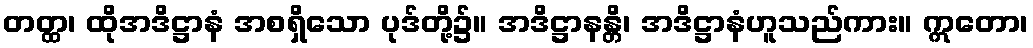
တတ္ထ၊ ထိုအဒိဋ္ဌာနံ အစရှိသော ပုဒ်တို့၌။ အဒိဋ္ဌာနန္တိ၊ အဒိဋ္ဌာနံဟူသည်ကား။ ဣတော၊